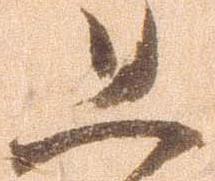
恐